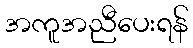
အကူအညီပေးရန်